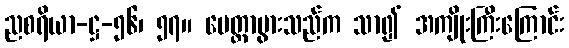
ညစရိယာ-ဋ္ဌ-၅၆၊ ၅၇။ မေတ္တာပွားသည်က သာ၍ အကျိုးကြီးကြောင်း